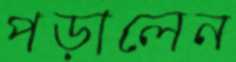
পড়ালেন